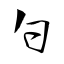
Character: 勺